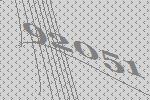
92051